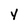
Character: v